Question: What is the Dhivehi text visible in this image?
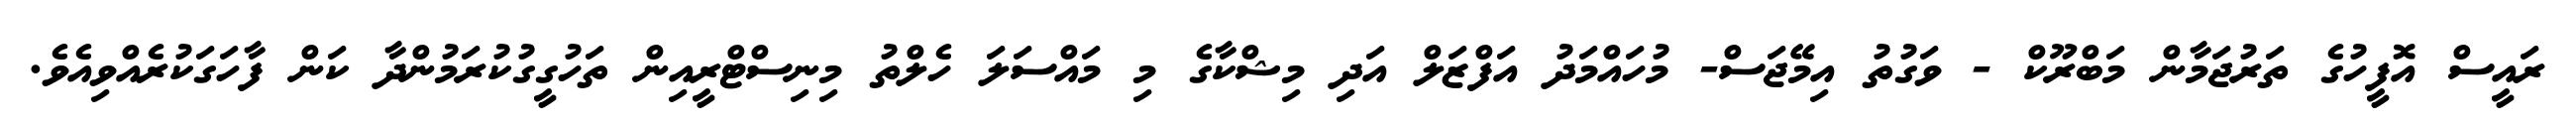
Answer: ރައީސް އޮފީހުގެ ތަރުޖަމާން މަބްރޫކް - ވަގުތު އިމޭޖަސް- މުހައްމަދު އަފްޒަލް އަދި މިޝްކާގެ މި މައްސަލަ ހެލްތު މިނިސްޓްރީއިން ތަހުގީގުކުރަމުންދާ ކަން ފާހަގަކުރެއްވިއެވެ.